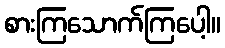
စားကြသောက်ကြပေါ့။